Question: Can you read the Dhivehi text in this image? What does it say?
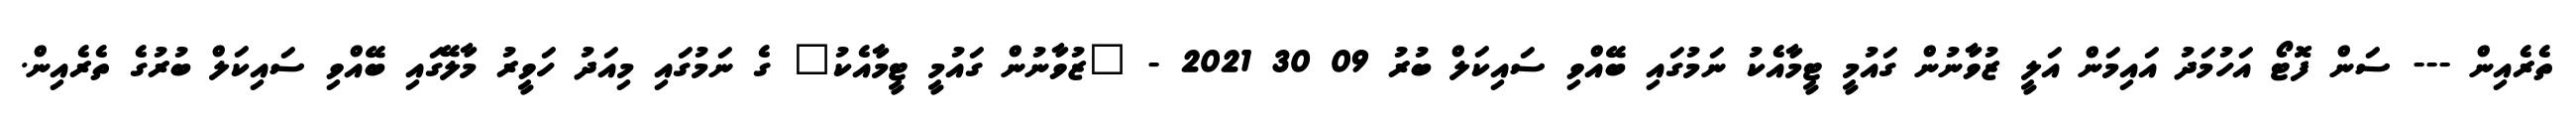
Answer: ތެރެއިން --- ސަން ފޮޓޯ އަހުމަދު އައިމަން އަލީ ޒުވާނުން ގައުމީ ޓީމާއެކު ނަމުގައި ބޭއްވި ސައިކަލް ބުރު 09 30 2021 - "ޒުވާނުން ގައުމީ ޓީމާއެކު" ގެ ނަމުގައި މިއަދު ހަވީރު މާލޭގައި ބޭއްވި ސައިކަލް ބުރުގެ ތެރެއިން.